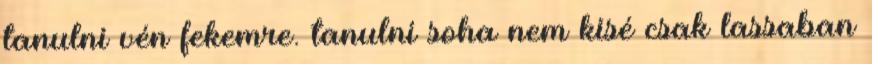
tanulni vén fekemre. tanulni soha nem kisé csak lassaban